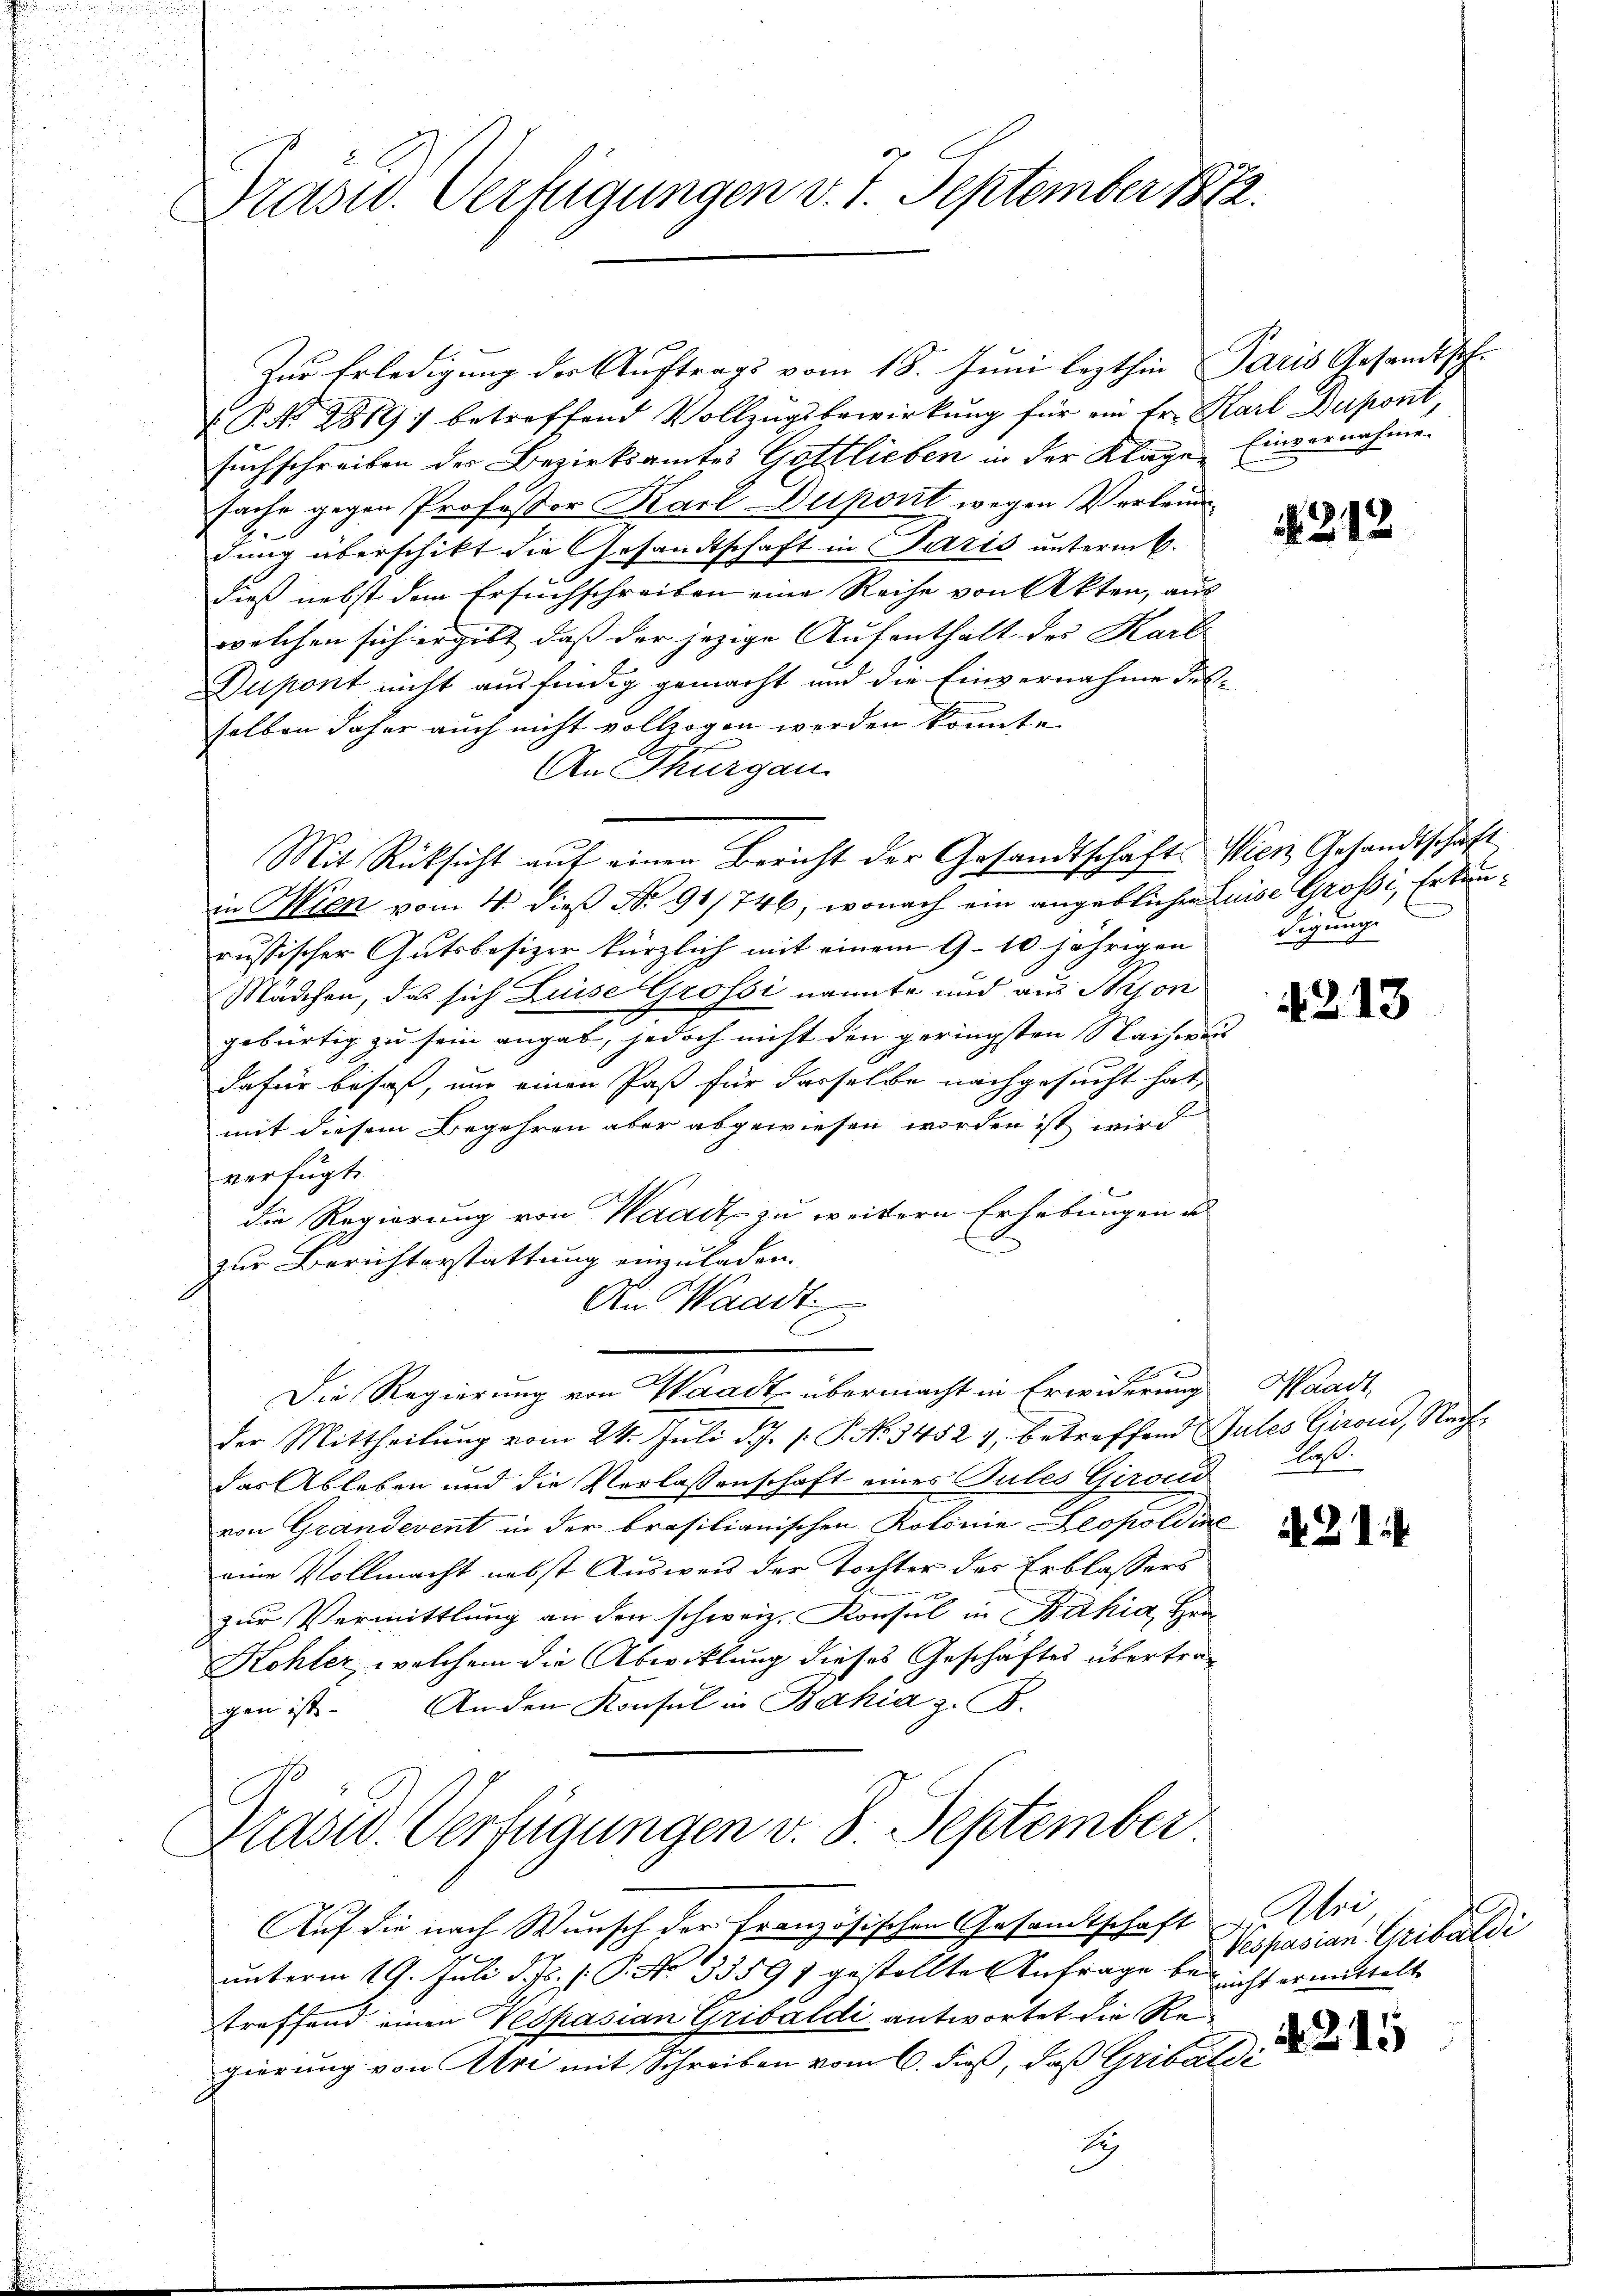
Prast. Verfügungen v. 7. September 1872.

Zur Erledigung der Auftrags vom 18. Juni lezthin Paris Gesandtsch¬
 P. N. 2819) betreffend Vollzŭgsbewirkung für ein Fr. Karl Dupont,
suchschreiben der Bezirksamtes Gottlieben in der Klage
sache gegen Professor Karl Dupont wegen Verlein
.
dung überschikt die Gesandtschaft in Paris unterm 6.
dieß nebst dem Ersuchschreiben eine Reihe von Akten, aus
welchen sich ergibt, dass der jezige Aufenthalt des Karb.
Dupont nicht ausfindig gemacht und die Einvernahme desselben daher auch nicht vollzogen werden könnte.
An Thurgau.
in Wien vom 4. dieß No 91/746, wonach ein angeblichen Luise Grossi, Erbunrussischer Gutsbesizer kürzlich mit einem 9-10 jährigen
Mädchen, das sich Luise Grossi nannte und aus Beson
gebürtig zu sein angab, jedoch nicht den geringsten Nachwei
dafür besaß, und einen Paß für dasselbe nachgesucht hat,
mit diesem Begehren aber abgewiesen worden ist wird
verfügt
die Regierung von Waadt zu weitern Erhebungen u
zur Berichterstattung einzuladen.
An Waadt:
C
2
Die Regierung von Waadt übermacht in Erwiderung
der Mittheilŭng vom 24. Juli d. J. P. No. 34524, betreffend Gutes Girond, Nachdas Ableben und die Verlassenschaft eines Pules Giroud laß
von Grandevent in der brasilianischen Rotonia Leopoldine
eine Vollmacht nebst Ausweis der Tochter des Erblassers
zur Vermittlung an den schweiz. Konsul in Bahia, Hei¬
Kohler, welchem die Abwicklung dieses Geschäftes übertragen ist. Anden Konsul in Bahia z. B.
Präsid. Verfügungen v. 8. September
Auf die nach Wunsch der Französischen Gesandtschaft Uri
unterm 19. Juli d. Js. p. P. No 33597 gestellte Anfrage bei nicht ermittelt
treffend einen Vespasian Gribaldi antwortet die Regierung von Uri mit Schreiben vom 6. dieß, daß Gribaldi
Sy

Mit Rücksicht auf einen Bericht der Gesandtschafts Wien Gesandtschaft

Einvernahmen

4312

Sigung

4213

Waadt,

A. 214.

Vespasian Gribaldi

215